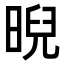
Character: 晲